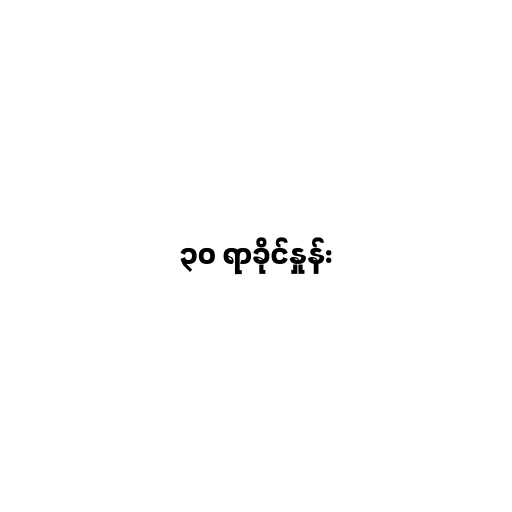
၃၀ ရာခိုင်နှုန်း